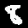
Digit: 8